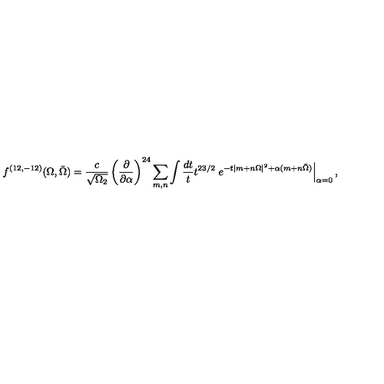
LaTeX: { f ^ { ( 1 2 , - 1 2 ) } ( \Omega , \bar { \Omega } ) = { \frac { c } { \sqrt { \Omega _ { 2 } } } } \left( { \frac { \partial } { \partial \alpha } } \right) ^ { 2 4 } \sum _ { m , n } \int { \frac { d t } { t } } t ^ { 2 3 / 2 } \left. e ^ { - t | m + n \Omega | ^ { 2 } + \alpha ( m + n \bar { \Omega } ) } \right| _ { \alpha = 0 } , }